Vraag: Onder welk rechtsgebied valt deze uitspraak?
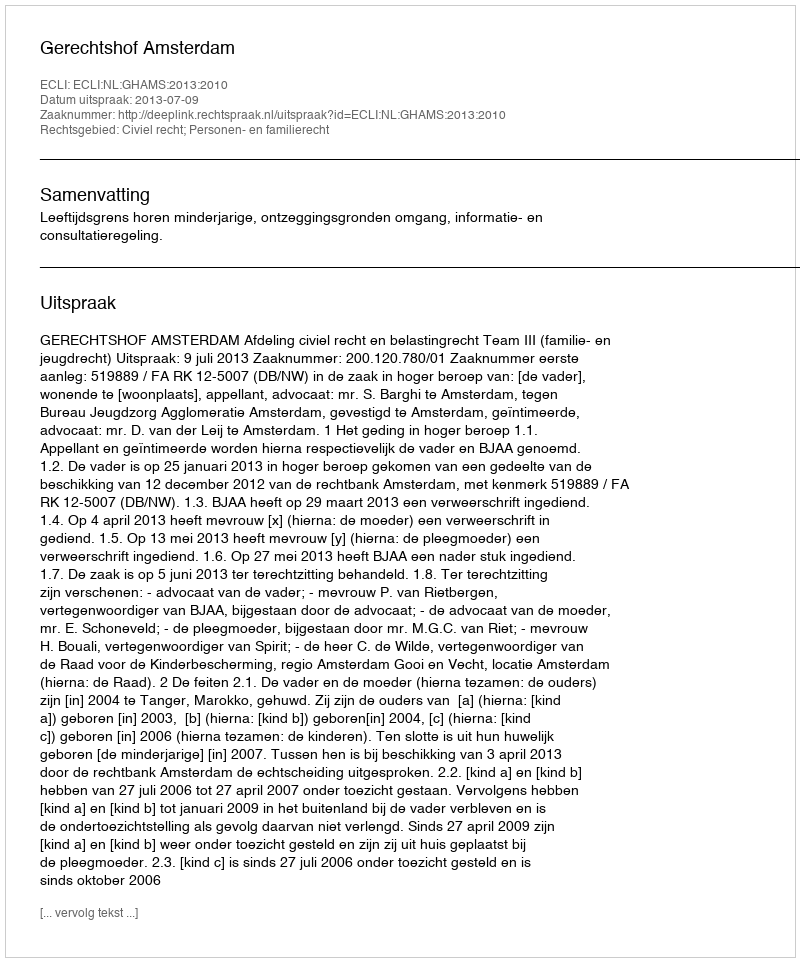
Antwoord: Civiel recht; Personen- en familierecht